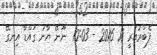
ފެބްރުއަރީ 18